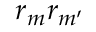
r _ { m } r _ { m ^ { \prime } }